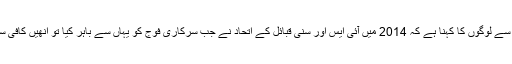
یہاں کے بہت سے لوگوں کا کہنا ہے کہ 2014 میں آئی ایس اور سنی قبائل کے اتحاد نے جب سرکاری فوج کو یہاں سے باہر کیا تو انھیں کافی سکون میسر آیا۔